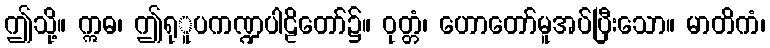
ဤသို့။ ဣဓ၊ ဤရုူပကဏ္ဍပါဠိတော်၌။ ဝုတ္တံ၊ ဟောတော်မူအပ်ပြီးသော။ မာတိကံ၊